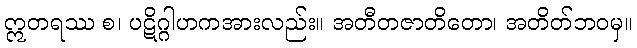
ဣတရဿ စ၊ ပဋိဂ္ဂါဟကအားလည်း။ အတီတဇာတိတော၊ အတိတ်ဘဝမှ။